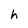
Character: h